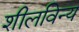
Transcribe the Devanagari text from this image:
शीलविन्य